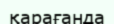
қарағанда